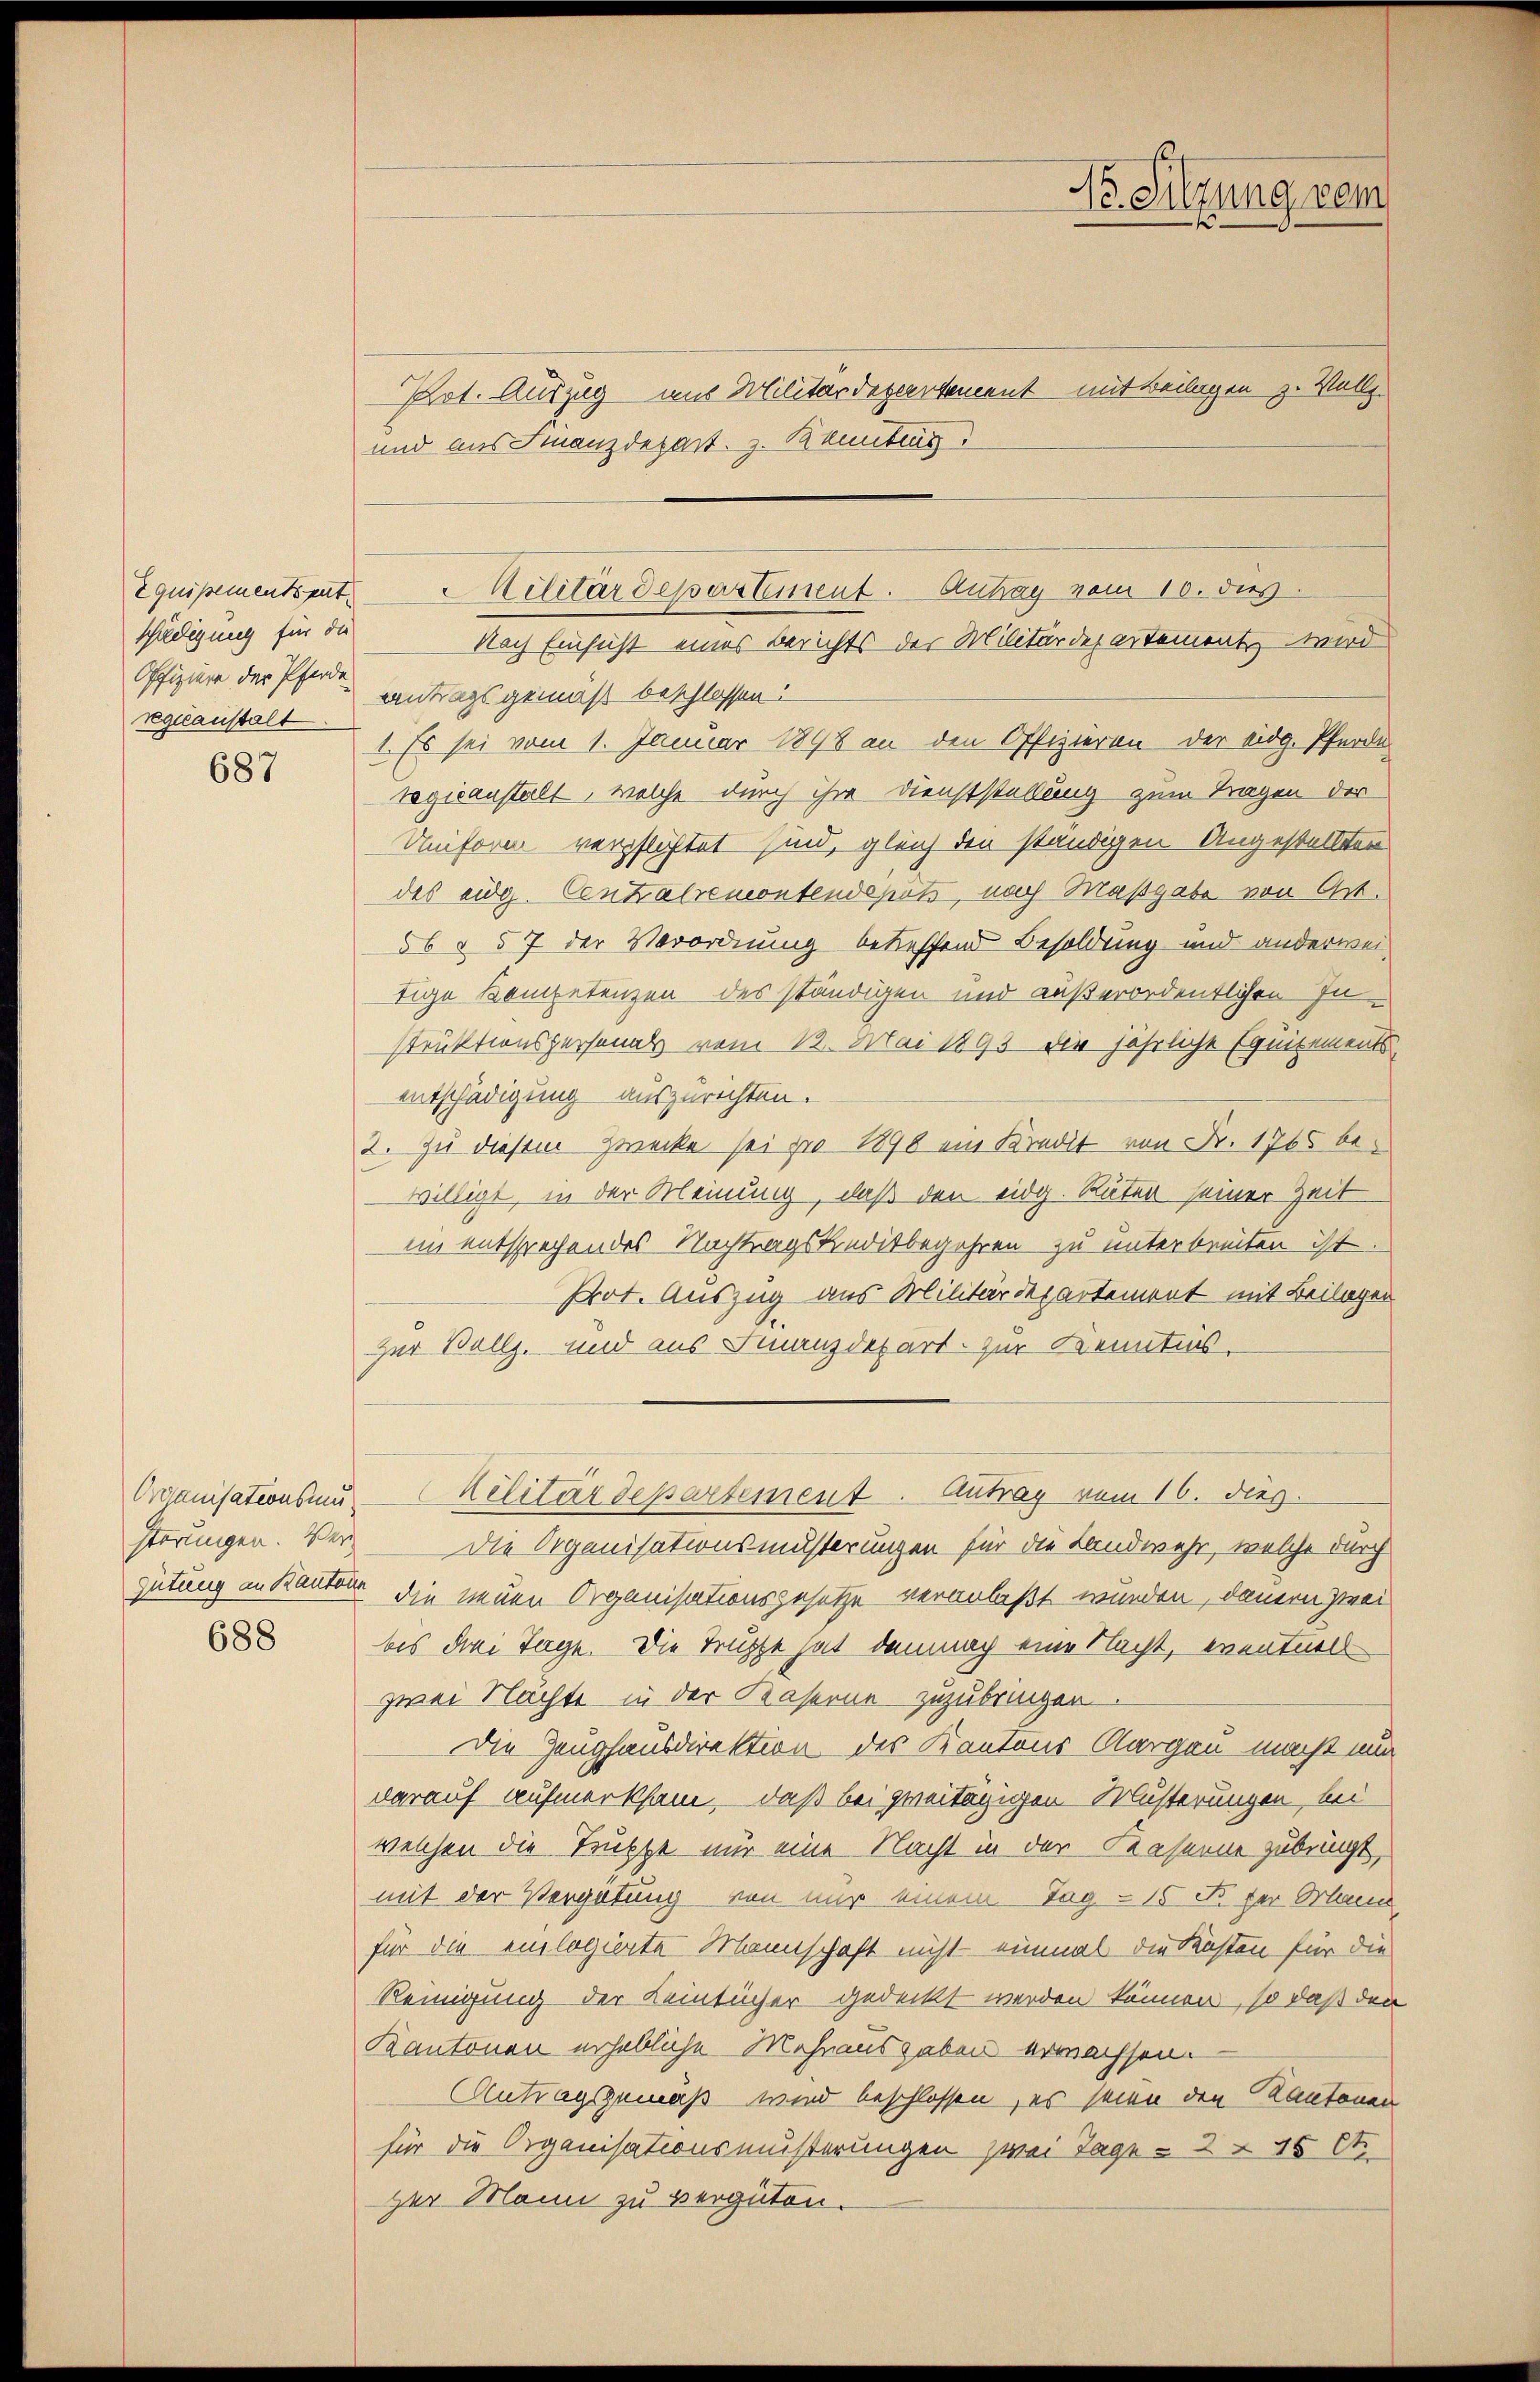
Equipementent
schuldigung für die
Offiziere der Pferde
reguanstalt

687

Gütung an Kanton

688

Fr. Sitzung vom

Pot. Auszug aus Militärdepartement mit Beilagen z. Vollz
und aus Finanzdepart. z. Kontrag
Nach Einsicht eines Berichts der Militärdepartement, wird
antragsgemäß beschlossen:
1. Es sei vom 1. Januar 1898 an den Offizieren der Eidg. Pferde
regisanstalt, welche durch ihre Dienststellung zum Tragen der
Uniform verpflichtet sind, gleich den ständigen Angestellten
des eidg. Centralremontendepots, nach Maßgabe von Art.
56 § 57 der Verordnung betreffend Besoldung und anderweitige Kompetenzen des ständigen und außerordentlichen Instruktionspersonals vom 12. Mai 1893 die jährliche Equitementsentschädigung auszurichten.
2. zu diesem Zwecke sei pro 1898 ein Kredit von Fr. 1765 bewilligt, in der Meinung, daß den eidg. Räter seiner Zeit
im entsprechendes Nachtragskreditbegehren zu unterbreiten ist.
Prot. Auszug aus Militärdepartement mit Beilagen
Zur Ballz. und aus Finanzdepart zur Kenntnis¬
Organisationsnu. — Militärdepartement. Antrag vom 16. dies
störungen. Ver- Die Organisationsmisterungen für die Landwehr, welche durch
 die neuen Organisationsgesetze veranlaßt wurden, dauern zwei
bis drei Tage. Die Truppe hat demnach eine Nacht, eventuell
zwei Nachte in der Kaserne zuzubringen
Die Zeughausdirektion des Kantons Aargau macht nun
darauf aufmerksam, daß bei zweitägigen Musterungen, bei
welchen die Truppe nur eine Nacht in der Kaserne zubringt,
mit der Vergütung von nur einem Tag - 15 Fr. her Mann
für die einlogierte Mannschaft nicht einmal die Kosten für die
Reinigung der Leintücher gedeckt werden können, so daß den
Kantonen erhebliche Mehrausgaben erwachsen.
Antragsgemäß wird beschlossen, es seien den Kantonen
für die Organisationsmußerungen zwei Tage - 2 - 15 lt.
zer Mann zu vergüten.

Militärdepartement. Antrag vom 10. dies